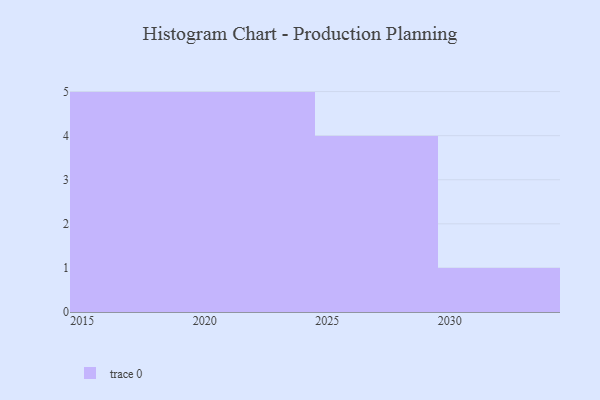
{"axis": {"x": "Year", "y": "Latency (ms)"}, "legend": [""], "data": [{"x": "2017", "y": 89, "type": ""}, {"x": "2015", "y": 95, "type": ""}, {"x": "2023", "y": 4, "type": ""}, {"x": "2026", "y": 93, "type": ""}, {"x": "2025", "y": 50, "type": ""}, {"x": "2019", "y": 70, "type": ""}, {"x": "2028", "y": 61, "type": ""}, {"x": "2022", "y": 8, "type": ""}, {"x": "2024", "y": 86, "type": ""}, {"x": "2021", "y": 18, "type": ""}, {"x": "2020", "y": 5, "type": ""}, {"x": "2030", "y": 22, "type": ""}, {"x": "2018", "y": 62, "type": ""}, {"x": "2016", "y": 75, "type": ""}, {"x": "2029", "y": 46, "type": ""}]}